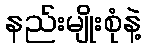
နည်းမျိုးစုံနဲ့